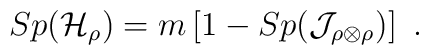
Sp({\cal H}_{\rho}) = m \left[ 1- Sp({\cal J}_{\rho\otimes\rho})  \right]\ .